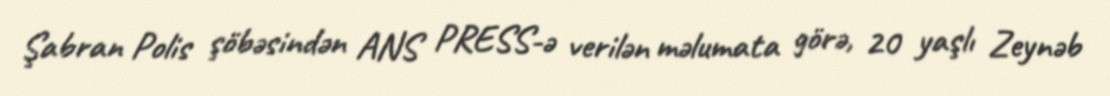
Şabran Polis şöbəsindən ANS PRESS-ə verilən məlumata görə, 20 yaşlı Zeynəb